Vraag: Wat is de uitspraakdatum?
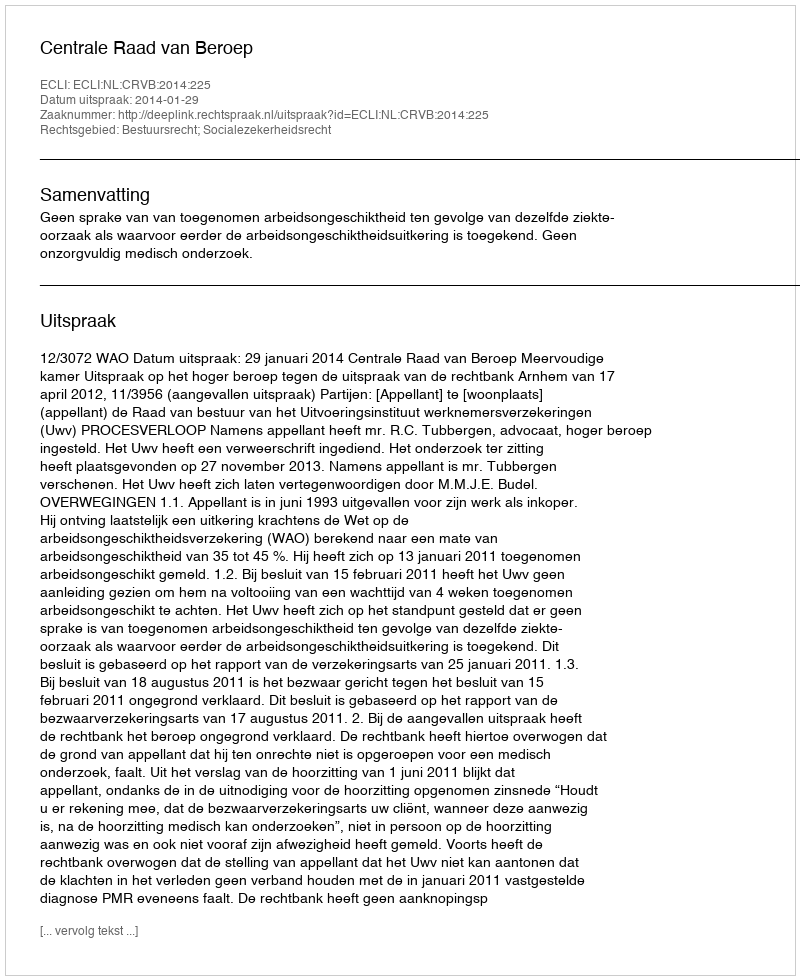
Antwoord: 2014-01-29